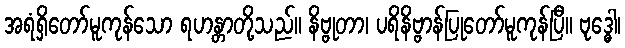
အရံရှိတော်မူကုန်သော ရဟန္တာတို့သည်။ နိဗ္ဗုတာ၊ ပရိနိဗ္ဗာန်ပြုတော်မူကုန်ပြီ။ ဗုဒ္ဓေါ၊